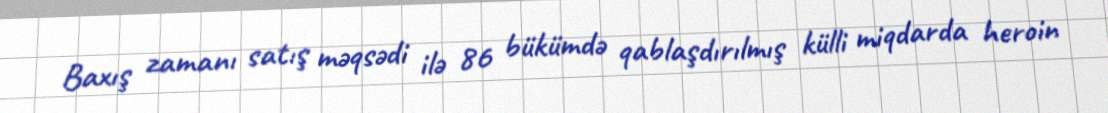
Baxış zamanı satış məqsədi ilə 86 bükümdə qablaşdırılmış külli miqdarda heroin